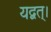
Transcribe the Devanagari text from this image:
यद्वत्।